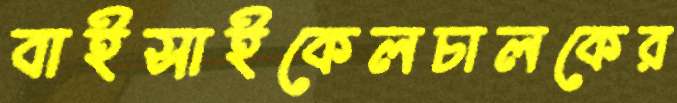
বাইসাইকেলচালকের